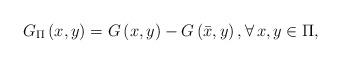
LaTeX: \begin{align*}G_{\Pi}\left( x,y \right) =G\left( x,y \right) -G\left( \bar{x},y \right), \forall \,x,y\in \Pi ,\end{align*}